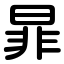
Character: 暃